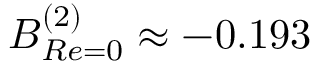
B _ { R e = 0 } ^ { ( 2 ) } \approx - 0 . 1 9 3